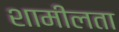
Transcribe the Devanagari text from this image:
शामीलता